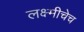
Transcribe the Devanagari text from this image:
लक्ष्मीचेच